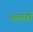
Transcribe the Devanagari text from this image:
कमर्णा